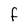
Character: F